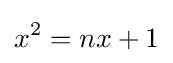
x^{2}=nx+1